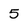
Character: 5